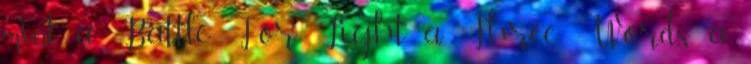
mint a Battle For Light, a Three Words, a